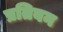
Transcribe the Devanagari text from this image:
प्रतिबन